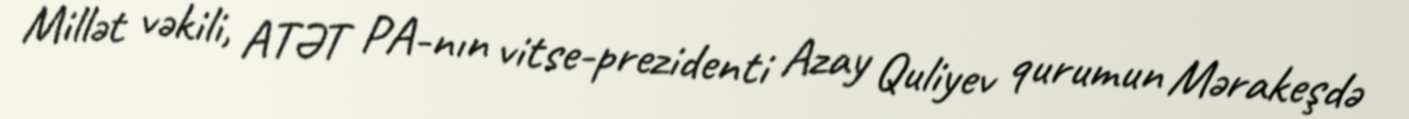
Millət vəkili, ATƏT PA-nın vitse-prezidenti Azay Quliyev qurumun Mərakeşdə